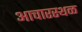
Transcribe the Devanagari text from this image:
आचारस्थळ